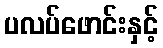
ပလပ်ဖောင်းနှင့်